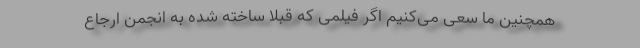
همچنین ما سعی می‌کنیم اگر فیلمی که قبلاً ساخته شده به انجمن ارجاع